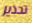
تحذير